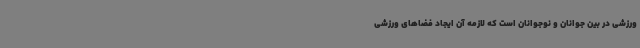
ورزشی در بین جوانان و نوجوانان است که لازمه آن ایجاد فضاهای ورزشی